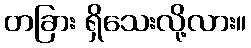
တခြား ရှိသေးလို့လား။